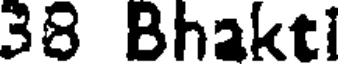
38 Bhakti